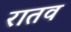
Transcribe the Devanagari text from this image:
रातव